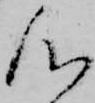
心